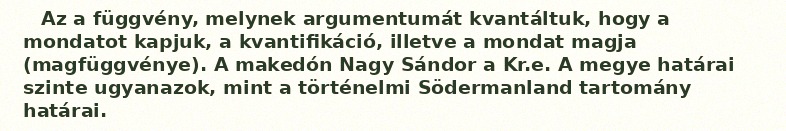
Az a függvény, melynek argumentumát kvantáltuk, hogy a mondatot kapjuk, a kvantifikáció, illetve a mondat magja (magfüggvénye). A makedón Nagy Sándor a Kr.e. A megye határai szinte ugyanazok, mint a történelmi Södermanland tartomány határai.